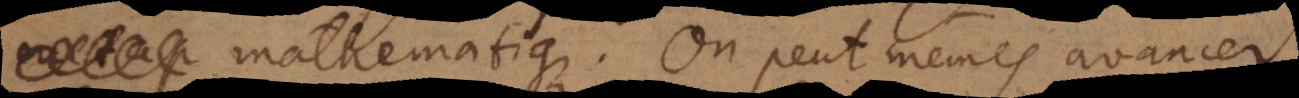
mathematique. On peut mêmes avancer